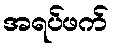
အရပ်ဖက်